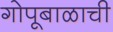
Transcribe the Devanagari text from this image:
गोपूबाळाची